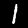
Label: 1